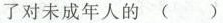
了对未成年人的( )